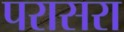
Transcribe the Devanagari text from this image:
परासरा